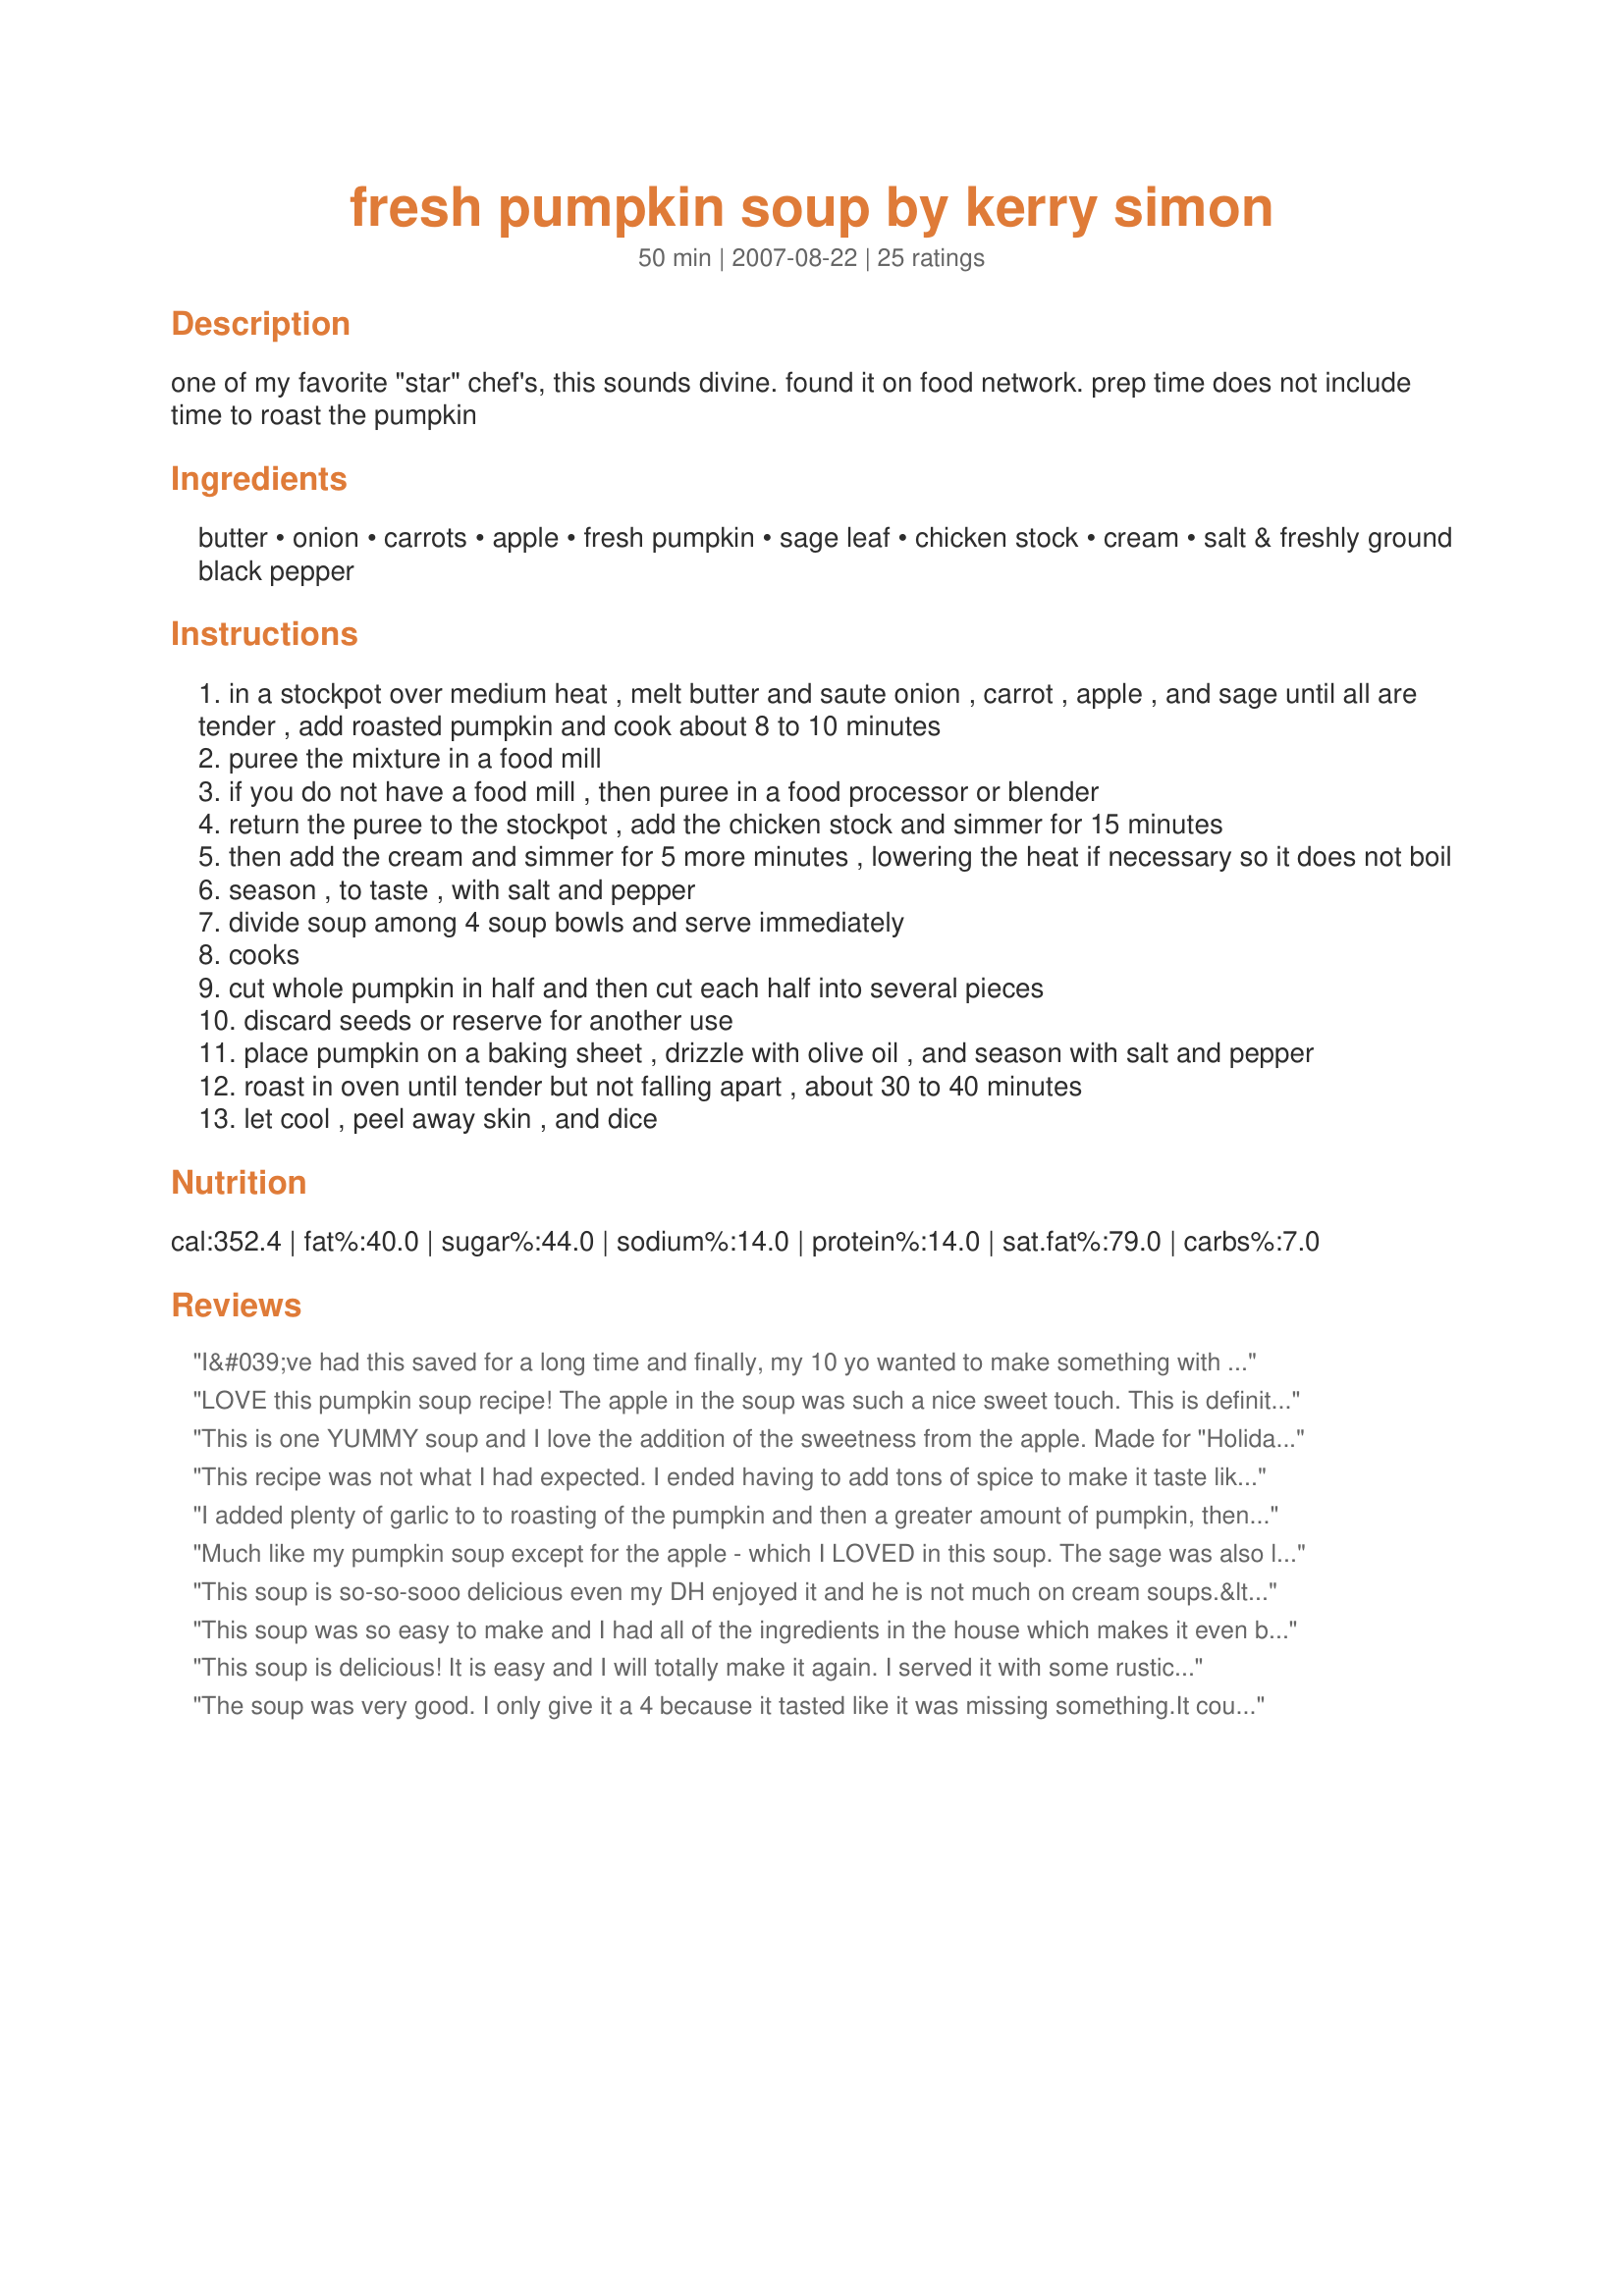
fresh pumpkin soup by kerry simon
Preparation time: 50 minutes

one of my favorite "star" chef's, this sounds divine. found it on food network. prep time does not include time to roast the pumpkin

Ingredients:
butter, onion, carrots, apple, fresh pumpkin, sage leaf, chicken stock, cream, salt & freshly ground black pepper

Steps:
in a stockpot over medium heat , melt butter and saute onion , carrot , apple , and sage until all are tender , add roasted pumpkin and cook about 8 to 10 minutes
puree the mixture in a food mill
if you do not have a food mill , then puree in a food processor or blender
return the puree to the stockpot , add the chicken stock and simmer for 15 minutes
then add the cream and simmer for 5 more minutes , lowering the heat if necessary so it does not boil
season , to taste , with salt and pepper
divide soup among 4 soup bowls and serve immediately
cooks
cut whole pumpkin in half and then cut each half into several pieces
discard seeds or reserve for another use
place pumpkin on a baking sheet , drizzle with olive oil , and season with salt and pepper
roast in oven until tender but not falling apart , about 30 to 40 minutes
let cool , peel away skin , and dice

Reviews:
I&#039;ve had this saved for a long time and finally, my 10 yo wanted to make something with the fresh pumpkin we had cooked up. He made this. We added a few more seasonings and used 1/2 tsp sage. I always try to sneak turmeric and pepper into my dishes, for the health benefit. I used a stick blender after cooking the soup for 15 minutes. It&#039;s a snap then. Very good fall soup!
LOVE this pumpkin soup recipe! The apple in the soup was such a nice sweet touch. This is definitely a keeper!
This is one YUMMY soup and I love the addition of the sweetness from the apple. Made for "Holiday Tag" but will be making it again and again as a regular for fall/winter soups. Thanks for posting, MarraMamba.
This recipe was not what I had expected. I ended having to add tons of spice to make it taste like anything. I would suggest to add a hint of clove, nutmeg, tiny amount of thyme, salt / pepper, pure maple syrup, more sage and if you have it &#039; allspice. Pumpkin take on flavors and just cooking with onion and apples is super bland and bitter. try a little spice and it will just be better overall.
I added plenty of garlic to to roasting of the pumpkin and then a greater amount of pumpkin, then the 2 cups to the blend. also a touch of sugar to sweeten as the Kent pumpkin I used was not all that sweet. Thanks Kerry for the great recipe.
Much like my pumpkin soup except for the apple - which I LOVED in this soup. The sage was also lovely. Even though we don't do Thanksgiving in Greece, this is a soup I would love to serve in a pumpkin shell.
This soup is so-so-sooo delicious even my DH enjoyed it and he is not much on cream soups.&lt;br/&gt;Thanks for such an amazing easy recipe...it will be my &quot;this time of year&quot; soup forever.
This soup was so easy to make and I had all of the ingredients in the house which makes it even better. I used all organic ingredients but I did substitute 1/2 and 1/2 for the milk and I threw in a pinch of crushed red pepper flakes. I will make this soup again. It was easy, super fast and delicious. I like that I didn&#039;t have to add flour like the other recipes. It was thick, but not pasty which is usually what I get when I make the recipes with the flour. Thanks for sharing!
This soup is delicious! It is easy and I will totally make it again. I served it with some rustic brown bread crutons and roasted pumpkin seeds. Mmmmm...
The soup was very good. I only give it a 4 because it tasted like it was missing something.It could have been the sage that i wasnt able to add. But I had to add in some All Spice, and Cloves instead. Otherwise it was a wonderful soup (tho was hard to eat in large quantities. It is best as a small appetizer soup)&lt;br/&gt;--As for side notes. I made this soup from the scrapings of my pumpkin when i hollowed it for carving. My pumpkin was a pale orange, and very watery. When I stuck the pieces in the oven to bake, a lot of the liquid poured out into the baking sheet. I started with trying to strain all the excess liquid as there was a lot, but between straining, it had gotten on my hands so I decided to lick off some of the excess. It was surprisingly good. I figured it would be a great addition to the Vegetable Broth that I used as the base. I actually even steamed my carrots with it ^-^ which was interesting lol. Might not do that again next time as it took away from the carrot taste.&lt;br/&gt;Because I was using scrapings from my pumpkin, I couldnt saute it with the apple or carrots. So I steamed my carrots, sauteed the apple in cinnamon and butter since i did not have sage. Then pureed the three together. I didnt add the onion because my vegetable broth that I had made had a very strong onion taste and smell to it already. &lt;br/&gt;For a little bit of chunk to it, I chopped up some almonds and toasted them with my pumpkin seeds which i then sprinkled ontop of the soup. It was very good. &lt;br/&gt;Thank you for the wonderful recipe! I will definitely be making it again
I was very disappointed with this pumpkin soup recipe. It was too bland and the sage flavour negatively impacted the smell and taste. I would NOT recommend.
This recipe was a little bland but I added 1 tablespoon of garlic, 1 tablespoon of Shallots, 2 Tablespoons of sugar and 1 teaspoon of molasses. The sugar and molasses really brought out the pumpkin and carrots. Somone also told me if you use the smaller pumpkins then they are sweeter. If you use Jack O Lantern Pumpkins then you need to add some sugar. I also had to add about 3 teasoons of Kosher salt.
This recipe is a keeper at my house. It was very easy to prepare, I did not have any sage so I used Chinese 5 spice (1/4t.). It was very yummy! When I served it, I placed a dollop of sour cream in the center. My family loved it. Thanks for posting this wonderful recipe.
I thought this soup was very easy to make and very good. There were a few things I did differently such as use skim milk instead of cream. I put in a little oregano and then cinnamon and no salt or pepper. It was well liked and I will be making this again! Thanks for a good recipe!
The recipe as it is written lacked something that would make it stand out. I substituted coconut oil for the butter and coconut milk for the cream. Further added a bit of nutmeg, fresh ground allspice and a dash of cinnamon. Added about 2 tablespoons of honey to take away some of the onion flavor (was a bit strong). A pinch of cayenne pepper gave it just enough kick. Lastly I add about 2 tablespoons of agave necter. Just a bit of each spice so it doesn't taste like pie filling. I froze 1/2 in a canning jar to eat is a few weeks. It was a great starter recipe that has all kinds of possibilities. Example: change the spice to some parsley, rosemary and blend in some sun dried tomatoes and serve with warm rolls or garlic bread. As a final note I also doubled the pumpkin. When I cook I like to have enough to freeze. Thanks for sharing your recipe.
This recipe is sooooo good!
This is a bit of work but worth it. The roasted pumpkin really adds to the flavor, and much better than using canned! I might add some ground cumin next time for a change. I topped with some pepitas as a garnish.
I made tons of changes. I used canned pumpkin because I had some leftover in the freezer. I also added more sage, some onion powder, 2 cloves of garlic, salt and Tabasco. The garlic messed it up :(. It still needed something but i couldn't pinpoint exactly what it needed
Made this as a post-trick-or-treating dinner for some friends, and it was a hit all around! To accommodate dietary needs (one vegetarian, one lactose intolerant), I used olive oil instead of butter, vegetable stock instead of chicken, and coconut milk instead of cream. And of course I added the broth before blending, and used my immersion blender to puree it - easy-peasy. I love all the other stuff in it, which made it not TOO pumpkin-y (don&#039;t want too much of a good thing!), and a really nice combo of flavors. I roasted the pumpkins earlier in the day so they were all ready for me when I was ready to cook, and roasted the seeds at the same time so I could snack in between. :)
I am rarely ever in a kitchen, and I have never cooked soup, nor a pumpkin, before. But this turned out SO SO SO delicious! I wish I had doubled the recipe! I will definitely be making it again!
Please give the last review 5 stars - thanks
OMG...THIS IS SOOO DELISH!!! I&#039;m not much of a cook but tried this for the first time because it was from scratch and it sounded tasty. However, I was able to reduce the calories and fat by OVER HALF without the making the flavor suffer. I used Kitchen Basics Chicken Stock which has only 20 calories per cup X 3 = 60 calories (0 fat) for the whole recipe. (The stock used in the recipe here has 259.2 calories.) And instead of using 1 cup of cream at 697.9 calories and 21.7g monosaturated fats (46.2g saturated fats), I used 3/4 cup of plain fat-free Greek yogurt at 100 calories. Total calories went from 352.4 calories per serving done to approx.154 calories (2.6g monosaturated fats (4.2g saturated fats). My little boy loved it...and he&#039;s a very picky eater. I&#039;ll be using this recipe a lot during the winter months!
Recipe as is = 3 stars as it is mostly cream of chicken soup with a touch of pumpkin. Altered recipe = 4.5 stars by: Add 2T molasses, 1t cinnamon, and double the pumpkin (after pureed). Salt adds the final touch, though that was in the recipe.
My daughter wanted me to cook her pumpkin that she picked at the pumpkin patch. When I asked if she wanted pumpkin soup she went crazy. I chose this recipe because it used fresh pumpkin and told how to cook it. Since I have never cooked fresh pumpkin the roasting directions made all the difference in the world. Made as directed, super easy and yummy. My daughter is going through a phase where she won't eat much anymore and she has almost finished a bowl in the time it's taken me to write the review. We'll be making this again. Thanks for sharing. Also, I sprinkled a little cinnamon on top of one bowl. It was yummy.
Delicious! I served this to a couple friends, and they raved about it! I used a little more pumpkin than called for, and I used homemade vegetable broth. I didn't understand pureeing the veggies before adding the broth, so I cooked the broth and veggies together and then used a hand blender to puree it. I only added a half cup of cream. This is the perfect soup for fall!
